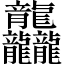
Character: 龘